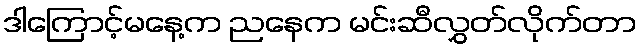
ဒါကြောင့်မနေ့က ညနေက မင်းဆီလွှတ်လိုက်တာ